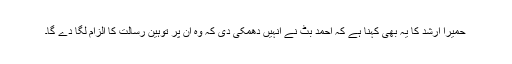
حمیرا ارشد کا یہ بھی کہنا ہے کہ احمد بٹ نے انہیں دھمکی دی کہ وہ ان پر توہین رسالت کا الزام لگا دے گا۔